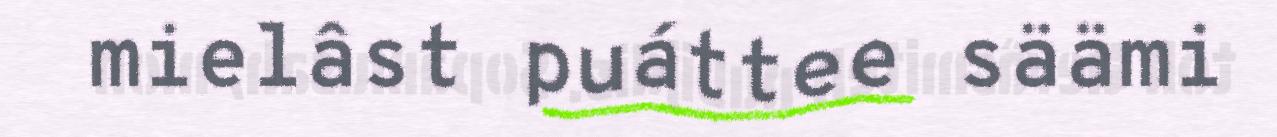
mielâst puáttee säämi